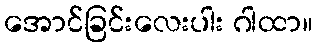
အောင်ခြင်းလေးပါး ဂါထာ။